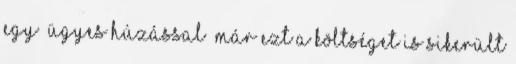
egy „ügyes húzással” már ezt a költséget is sikerült